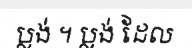
ប្លង់ ។ ប្លង់ ដែល